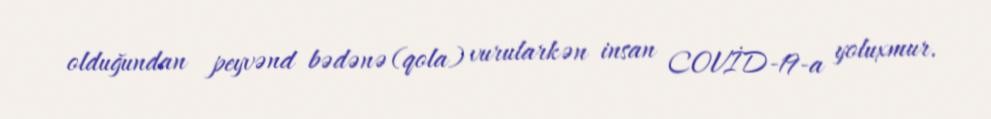
olduğundan peyvənd bədənə (qola) vurularkən insan COVİD-19-a yoluxmur.